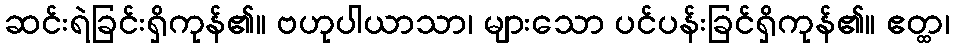
ဆင်းရဲခြင်းရှိကုန်၏။ ဗဟုပါယာသာ၊ များသော ပင်ပန်းခြင်ရှိကုန်၏။ ဧတ္ထ၊